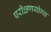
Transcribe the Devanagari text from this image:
परीक्षणयोग्य